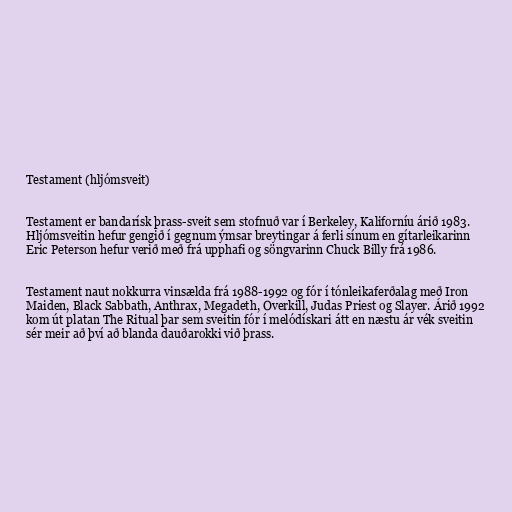
Testament (hljómsveit)

Testament er bandarísk þrass-sveit sem stofnuð var í Berkeley, Kaliforníu árið 1983.
Hljómsveitin hefur gengið í gegnum ýmsar breytingar á ferli sínum en gítarleikarinn
Eric Peterson hefur verið með frá upphafi og söngvarinn Chuck Billy frá 1986.

Testament naut nokkurra vinsælda frá 1988-1992 og fór í tónleikaferðalag með Iron
Maiden, Black Sabbath, Anthrax, Megadeth, Overkill, Judas Priest og Slayer. Árið 1992
kom út platan The Ritual þar sem sveitin fór í melódískari átt en næstu ár vék sveitin
sér meir að því að blanda dauðarokki við þrass.